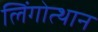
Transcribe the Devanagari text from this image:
लिंगोत्थान